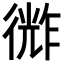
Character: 𪫗